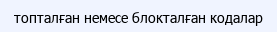
топталған немесе блокталған кодалар